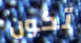
تكون